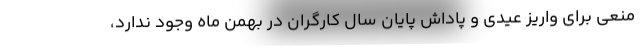
منعی برای واریز عیدی و پاداش پایان سال کارگران در بهمن ماه وجود ندارد،